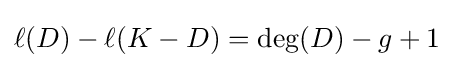
\ell (D)-\ell (K-D)=\deg(D)-g+1